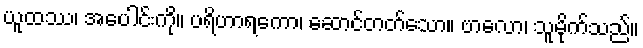
ယူထဿ၊ အပေါင်းကို။ ပရိဟာရကော၊ ဆောင်တတ်သော။ ဗာလော၊ သူမိုက်သည်။